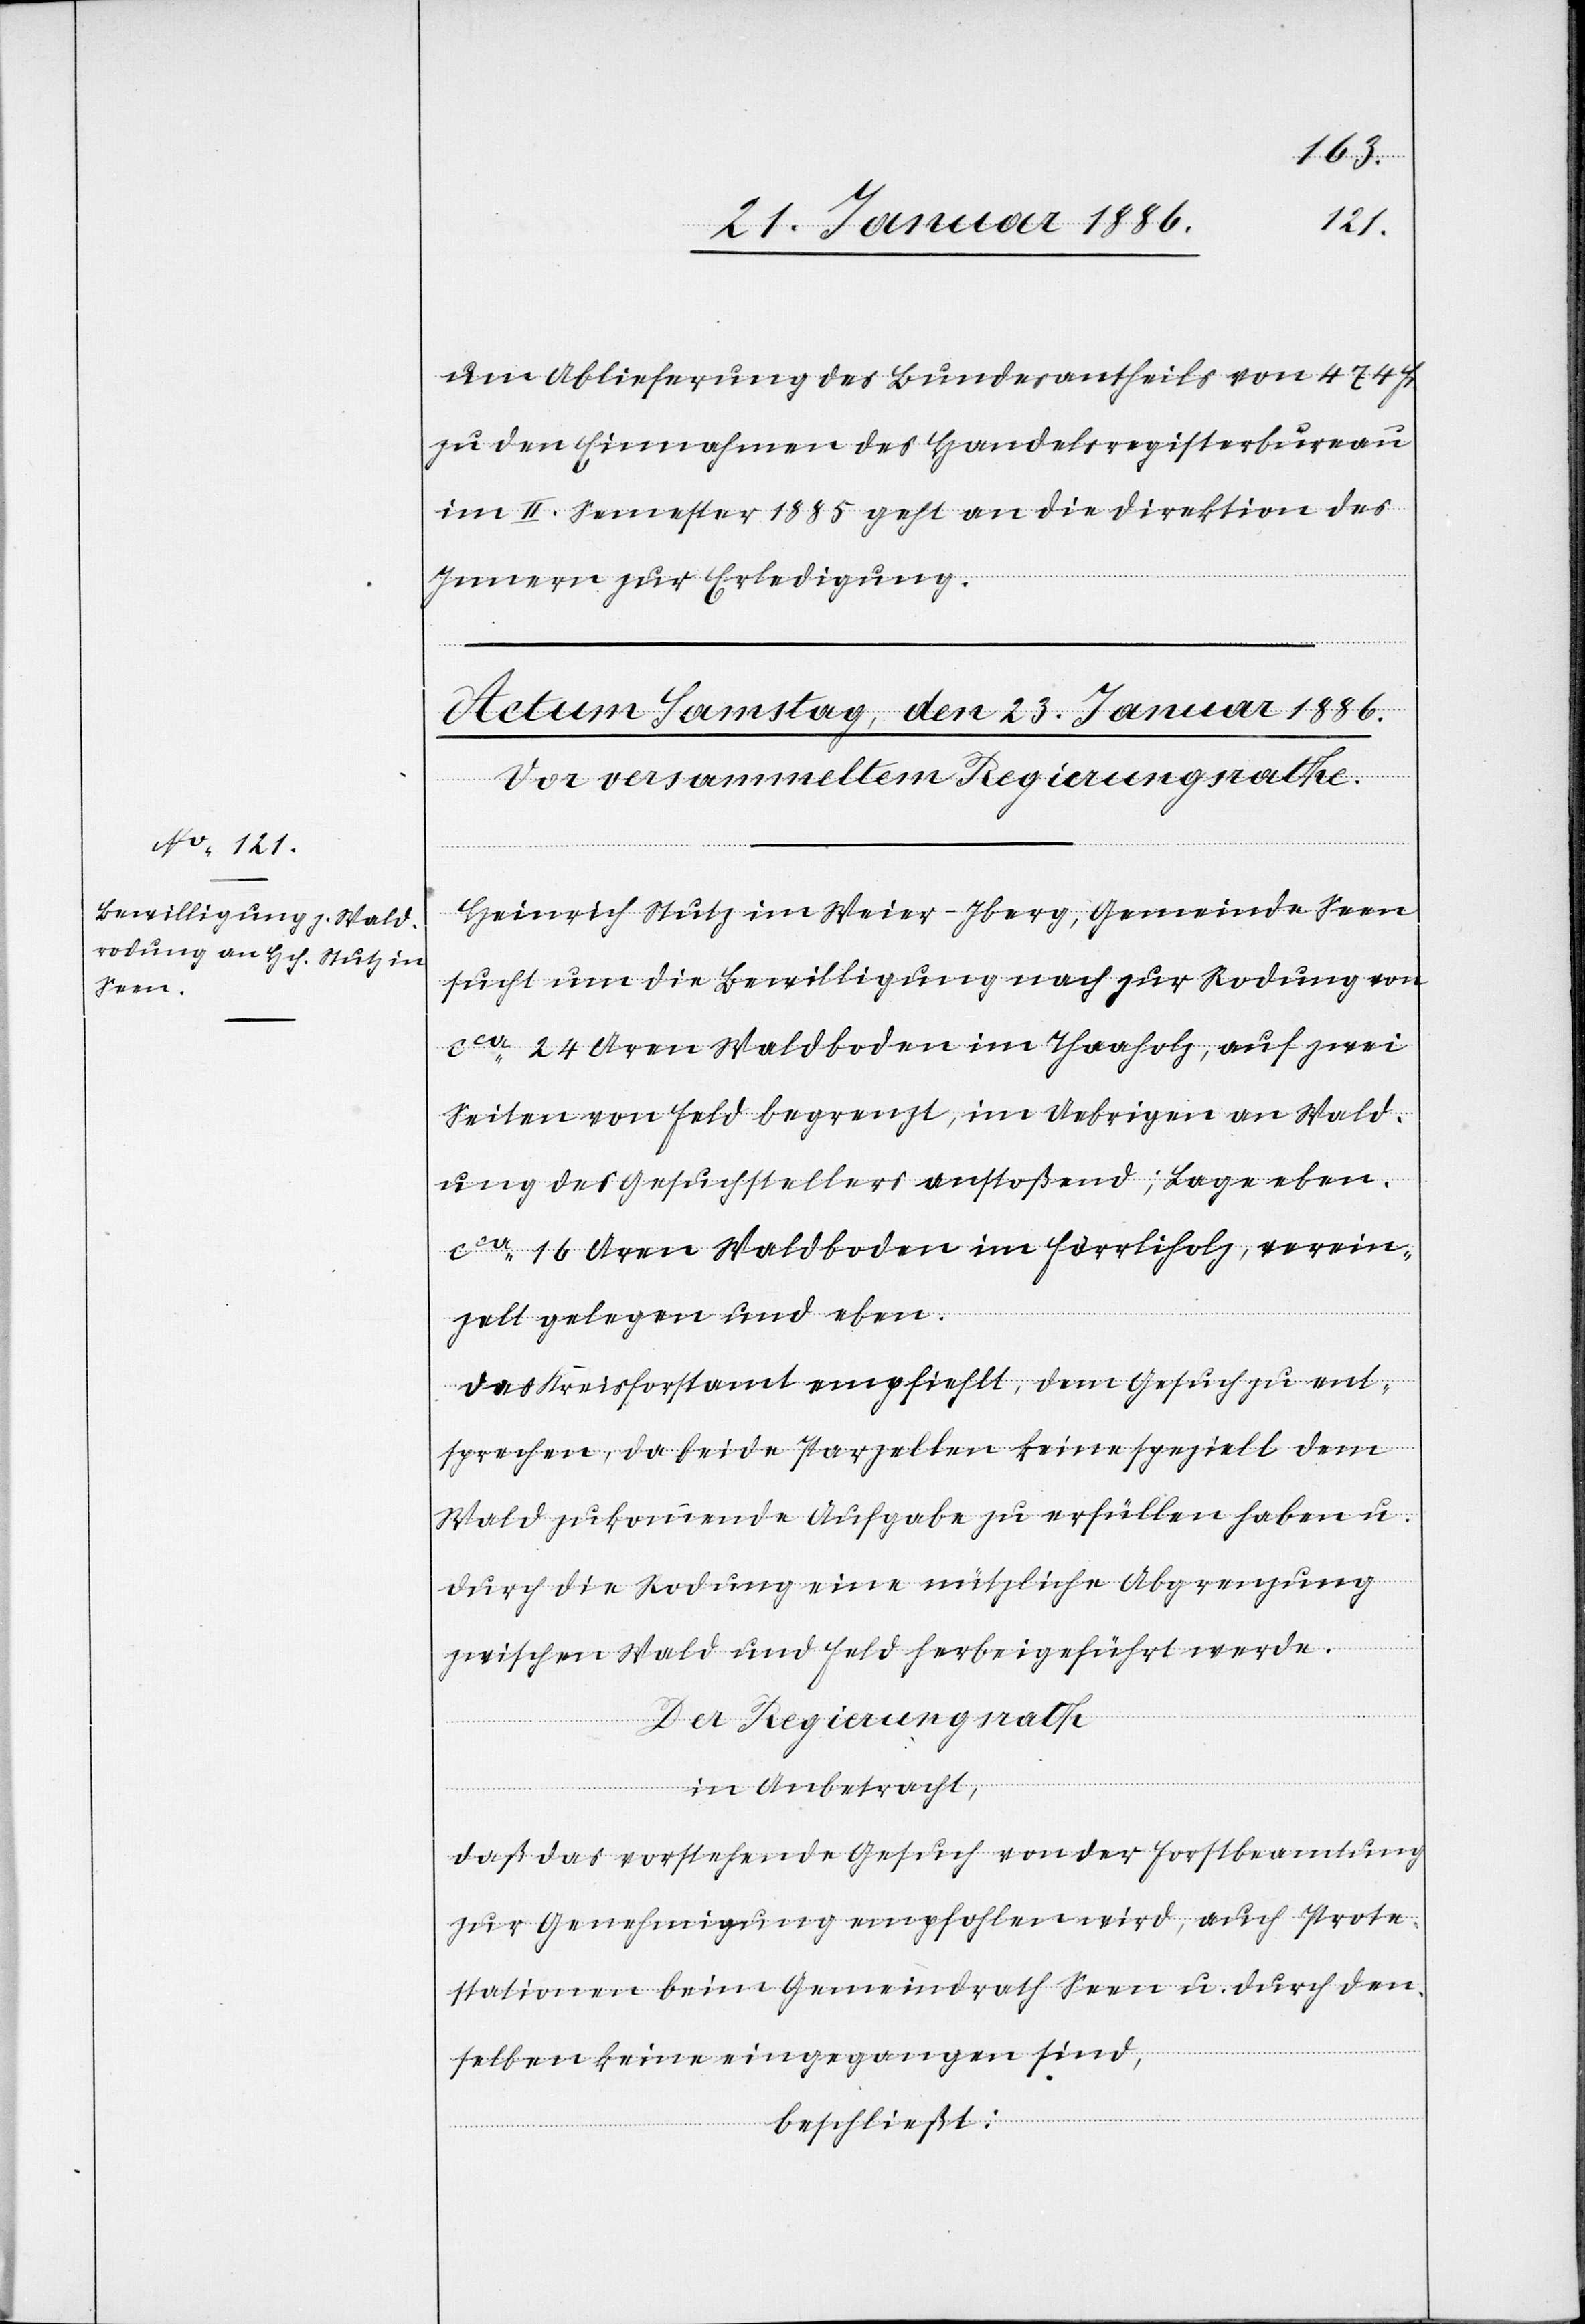
um Ablieferung des Bundesantheils von 474 Fr.
zu den Einnahmen des Handelsregisterbureau
im II. Semester 1885 geht an die Direktion des
Innern zur Erledigung.
Heinrich Stutz im Weier - Iberg, Gemeinde Seen
sucht um die Bewilligung nach zur Rodung von
cca 24 Aren Waldboden im Thaaholz, auf zwei
Seiten von Feld begrenzt, im Uebrigen an Wald¬
ung des Gesuchstellers anstoßend; Lage eben.
Cca 16 Aren Waldboden im Förrliholz, verein¬
zelt gelegen und eben.
Das Kreisforstamt empfiehlt, dem Gesuch zu ent¬
sprechen, da beide Parzellen keine speziell dem
Wald zukommende Aufgabe zu erfüllen haben u.
durch die Rodung eine nützliche Abgrenzung
zwischen Wald und Feld herbeigeführt werde.
Der Regierungsrath
in Anbetracht,
daß das vorstehende Gesuch von der Forstbeamtung
zur Genehmigung empfohlen wird, auch Prote¬
station beim Gemeindrath Seen u. durch den¬
selben keine eingegangen sind,
beschließt: